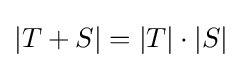
|T+S|=|T|\cdot |S|